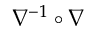
\nabla ^ { - 1 } \circ \nabla